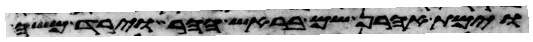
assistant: וימת אהרן שם בראש ההר וירד משה